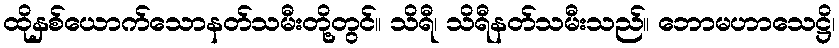
ထိုနှစ်ယောက်သောနတ်သမီးတို့တွင်။ သိရီ၊ သိရီနတ်သမီးသည်။ ဘောမဟာသေဋ္ဌိ၊